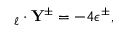
\mathbf { \nabla } _ { \boldsymbol { \ell } } \cdot \mathbf { Y ^ { \pm } } = - 4 \epsilon ^ { \pm } ,